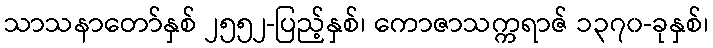
သာသနာတော်နှစ် ၂၅၅၂-ပြည့်နှစ်၊ ကောဇာသက္ကရာဇ် ၁၃၇၀-ခုနှစ်၊